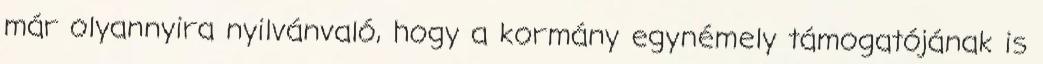
már olyannyira nyilvánvaló, hogy a kormány egynémely támogatójának is